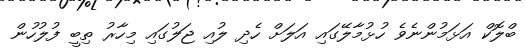
ބްލޮކް އަޅަމުންނެވެ ހުޅުމާލޭގައި އަލަށް ހެދި ލުއި ޖަލުގައި މިހާރު ތިބީ ފުލުހުން